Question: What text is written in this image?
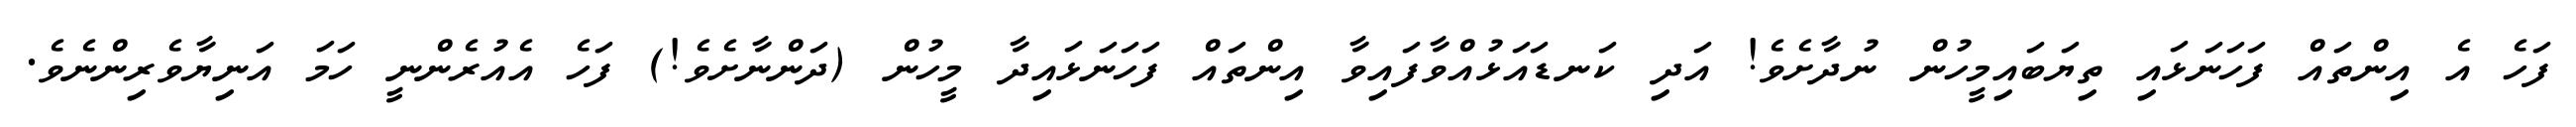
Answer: ފަހެ އެ އިންތައް ފަހަނަޅައި ތިޔަބައިމީހުން ނުދާށެވެ! އަދި ކަނޑައަޅުއްވާފައިވާ އިންތައް ފަހަނަޅައިދާ މީހުން (ދަންނާށެވެ!) ފަހެ އެއުރެންނީ ހަމަ އަނިޔާވެރިންނެވެ.